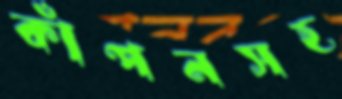
কাঁপনসহ